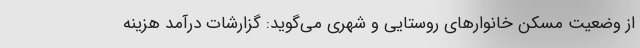
از وضعیت مسکن خانوارهای روستایی و شهری می‌گوید: گزارشات درآمد هزینه